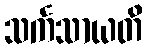
သင်္ကသာယတိ